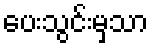
ပေးသွင်းမှသာ